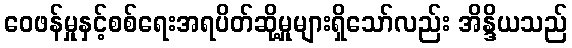
ဝေဖန်မှုနှင့်စစ်ရေးအရပိတ်ဆို့မှုများရှိသော်လည်း အိန္ဒိယသည်